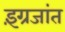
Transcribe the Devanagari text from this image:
इंग्रजांत